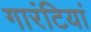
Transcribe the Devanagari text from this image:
गारंटियां